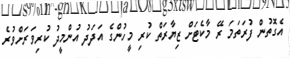
އެގޮތުން ފުރަތަމަ ރޭ މާކެޓަށް ޒިޔާރަތް ކުރި މީހުންގެ އަދަދު އުންމީދު ކުރިވަރަށްވުރެ